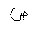
Letter: _sad